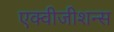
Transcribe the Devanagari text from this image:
एक्वीजीशन्स